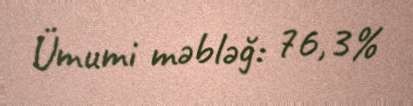
Ümumi məbləğ: 76,3%